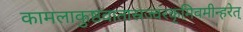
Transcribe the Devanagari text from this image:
कामलाकुष्ठवातास्रज्वरकृमिवमीन्हरेत्